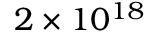
2 \times 1 0 ^ { 1 8 }